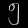
Digit: ၅